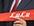
lulu